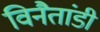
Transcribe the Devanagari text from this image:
विनैतांडी